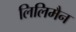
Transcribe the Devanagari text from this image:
लिलिमैन